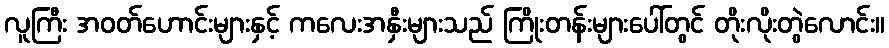
လူကြီး အဝတ်ဟောင်းများနှင့် ကလေးအနှီးများသည် ကြိုးတန်းများပေါ်တွင် တိုးလိုးတွဲလောင်း။